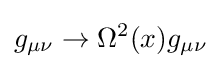
g_{\mu \nu }\rightarrow \Omega ^{2}(x)g_{\mu \nu }